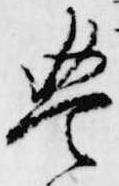
豊